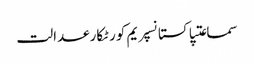
سماعتپاکستانسپریم کورٹکارعدالت